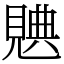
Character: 𧡝